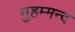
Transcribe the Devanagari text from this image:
मुहम्मन्द